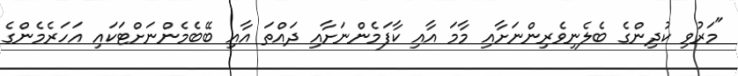
"މަރުވި ކުދިންގެ ބެލެނިވެރިންނަށާއި މާމަ އާއި ކާފަމެންނަށާއި ދައްތަ އާއި ބޭބެމެންނަށްޓަކައި އަހަރެމެންގެ